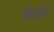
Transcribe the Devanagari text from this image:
केन्नेर